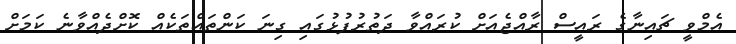
އެމްވީ ޗައިނާގެ ރައީސް ރާއްޖެއަށް ކުރައްވާ ދަތުރުފުޅުގައި ގިނަ ކަންތައްތަކެއް ކޮށްދެއްވާނެ ކަމަށް